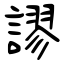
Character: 謬